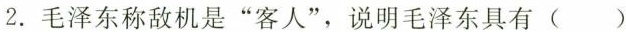
2.毛泽东称敌机是”客人”，说明毛泽东具有()